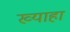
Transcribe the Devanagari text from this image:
ख्याहा